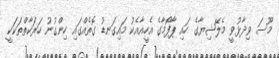
މޫސަ ވިދާޅުވީ މެލޭޝިޔާގެ ހައި ޕާފޯމާގެ އެހީއާއެކު މައިގަނޑު ގޮތެއްގައި ހިންގުނު ހަރަކާތްތަކަކީ